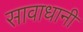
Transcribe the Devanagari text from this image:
सावाधानी